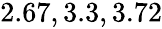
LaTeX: \! \! \! \! \! \! \! \! \! \! \! \! \! \! \! \! \! \! \overline{{\epsilon}}_{r}\! \! =\! \! \{ 2,2.67,3.3,3.72\} \! \! \!